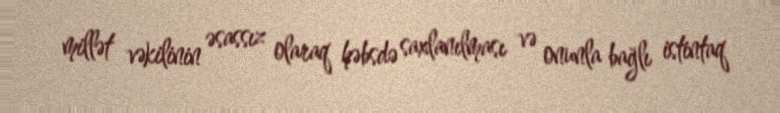
millət vəkilinin əsassız olaraq həbsdə saxlanılması və onunla bağlı istintaq